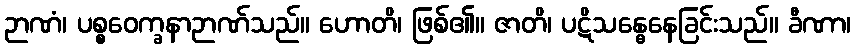
ဉာဏံ၊ ပစ္စဝေက္ခနာဉာဏ်သည်။ ဟောတိ၊ ဖြစ်၏။ ဇာတိ၊ ပဋိသန္ဓေနေခြင်းသည်။ ခီဏာ၊